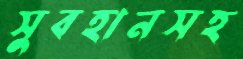
সুবহানসহ